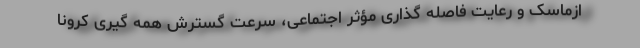
ازماسک و رعایت فاصله گذاریِ مؤثر اجتماعی، سرعت گسترش همه گیری کرونا